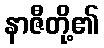
နာဇီတို့၏